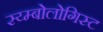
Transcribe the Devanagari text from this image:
स्य्म्बोलोगिस्ट